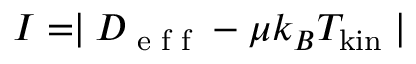
{ \cal I } = \mid D _ { \textrm { e f f } } - \mu k _ { B } T _ { \mathrm { { k i n } } } \mid